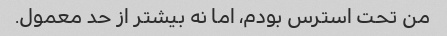
من تحت استرس بودم، اما نه بیشتر از حد معمول.